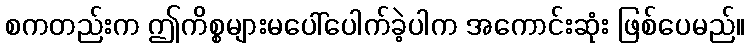
စကတည်းက ဤကိစ္စများမပေါ်ပေါက်ခဲ့ပါက အကောင်းဆုံး ဖြစ်ပေမည်။